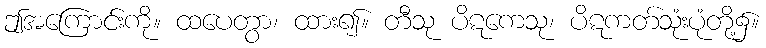
ဤအကြောင်းကို။ ထပေတွာ၊ ထား၍။ တီသု ပိဋကေသု၊ ပိဋကတ်သုံးပုံတို့၌။